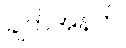
ချက်အနက်